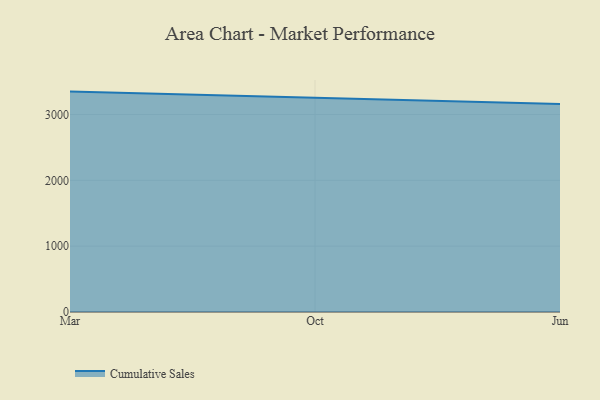
{"axis": {"x": "Month", "y": "Website Visitors"}, "legend": ["Cumulative Sales"], "data": [{"x": "Mar", "y": 3347.8, "type": "Cumulative Sales"}, {"x": "Oct", "y": 3257.6, "type": "Cumulative Sales"}, {"x": "Jun", "y": 3157.6, "type": "Cumulative Sales"}]}